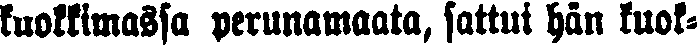
kuokkimassa perunamaata, sattui hän kuok-